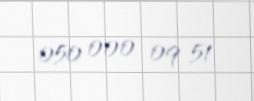
050 000 09 51